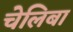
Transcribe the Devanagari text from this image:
चेलिबा